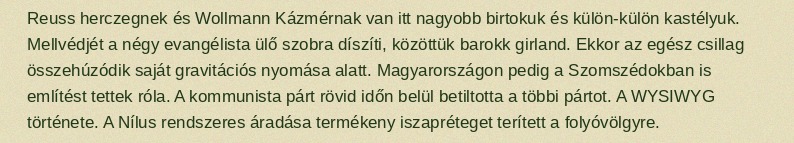
Reuss herczegnek és Wollmann Kázmérnak van itt nagyobb birtokuk és külön-külön kastélyuk. Mellvédjét a négy evangélista ülő szobra díszíti, közöttük barokk girland. Ekkor az egész csillag összehúzódik saját gravitációs nyomása alatt. Magyarországon pedig a Szomszédokban is említést tettek róla. A kommunista párt rövid időn belül betiltotta a többi pártot. A WYSIWYG története. A Nílus rendszeres áradása termékeny iszapréteget terített a folyóvölgyre.